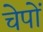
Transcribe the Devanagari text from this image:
चेपों